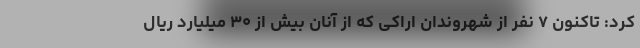
کرد: تاکنون ۷ نفر از شهروندان اراکی که از آنان بیش از ۳۰ میلیارد ریال